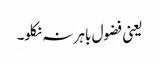
یعنی فضول باہر نہ نکلو۔